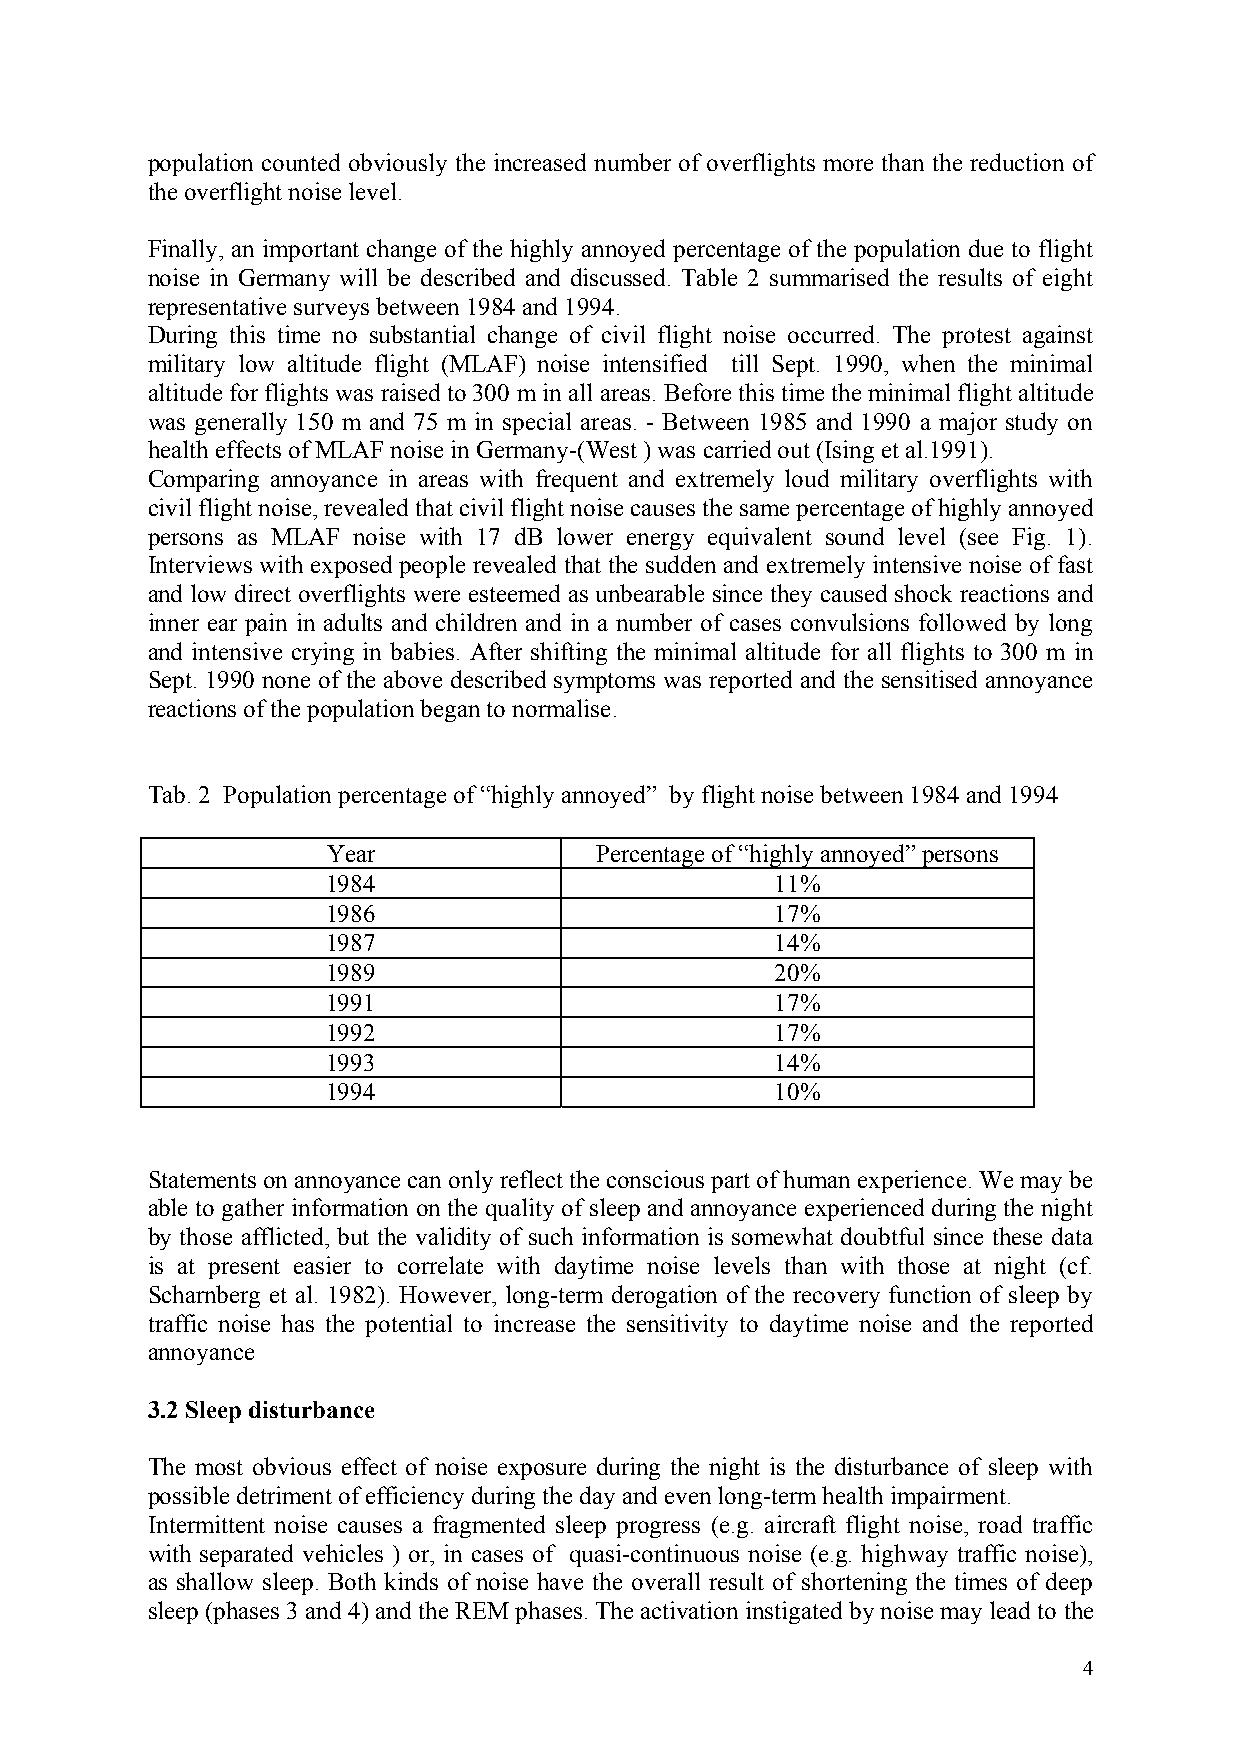
population counted obviously the increased number of overflights more than the reduction of
 the overflight noise level.
 Finally, an important change of the highly annoyed percentage of the population due to flight
 noise in Germany will be described and discussed. Table 2 summarised the results of eight
 representative surveys between 1984 and 1994.
 During this time no substantial change of civil flight noise occurred. The protest against
 military low altitude flight (MLAF) noise intensified till Sept. 1990, when the minimal
 altitude for flights was raised to 300 m in all areas. Before this time the minimal flight altitude
 was generally 150 m and 75 m in special areas. - Between 1985 and 1990 a major study on
 health effects of MLAF noise in Germany-(West ) was carried out (Ising et al.1991).
 Comparing annoyance in areas with frequent and extremely loud military overflights with
 civil flight noise, revealed that civil flight noise causes the same percentage of highly annoyed
 persons as MLAF noise with 17 dB lower energy equivalent sound level (see Fig. 1).
 Interviews with exposed people revealed that the sudden and extremely intensive noise of fast
 and low direct overflights were esteemed as unbearable since they caused shock reactions and
 inner ear pain in adults and children and in a number of cases convulsions followed by long
 and intensive crying in babies. After shifting the minimal altitude for all flights to 300 m in
 Sept. 1990 none of the above described symptoms was reported and the sensitised annoyance
 reactions of the population began to normalise.
 Tab. 2 Population percentage of “highly annoyed” by flight noise between 1984 and 1994
 Year             Percentage of “highly annoyed” persons
 1984                         11%
 1986                         17%
 1987                         14%
 1989                         20%
 1991                         17%
 1992                         17%
 1993                         14%
 1994                         10%
 Statements on annoyance can only reflect the conscious part of human experience. We may be
 able to gather information on the quality of sleep and annoyance experienced during the night
 by those afflicted, but the validity of such information is somewhat doubtful since these data
 is at present easier to correlate with daytime noise levels than with those at night (cf.
 Scharnberg et al. 1982). However, long-term derogation of the recovery function of sleep by
 traffic noise has the potential to increase the sensitivity to daytime noise and the reported
 annoyance
 3.2 Sleep disturbance
 The most obvious effect of noise exposure during the night is the disturbance of sleep with
 possible detriment of efficiency during the day and even long-term health impairment.
 Intermittent noise causes a fragmented sleep progress (e.g. aircraft flight noise, road traffic
 with separated vehicles ) or, in cases of quasi-continuous noise (e.g. highway traffic noise),
 as shallow sleep. Both kinds of noise have the overall result of shortening the times of deep
 sleep (phases 3 and 4) and the REM phases. The activation instigated by noise may lead to the
 4